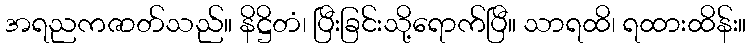
အရညကဇာတ်သည်။ နိဋ္ဌိတံ၊ ပြီးခြင်းသို့ရောက်ပြီ။ သာရထိ၊ ရထားထိန်း။